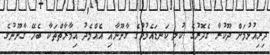
ދިރިއުޅުމަށް ދޫކުރާ ގެދޮރުގެ ކުލި ކަނޑައެޅުމުގެ ގާނޫނާއި އެއްމެދު އިމާރާތްތަކާ ބެހޭ ގާނޫނުގެ